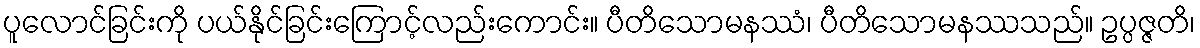
ပူလောင်ခြင်းကို ပယ်နိုင်ခြင်းကြောင့်လည်းကောင်း။ ပီတိသောမနဿံ၊ ပီတိသောမနဿသည်။ ဥပ္ပဇ္ဇတိ၊